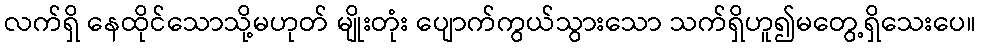
လက်ရှိ နေထိုင်သောသို့မဟုတ် မျိုးတုံး ပျောက်ကွယ်သွားသော သက်ရှိဟူ၍မတွေ့ရှိသေးပေ။